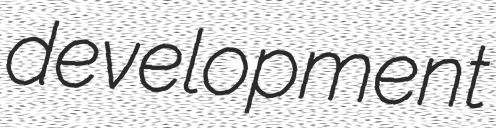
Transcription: development